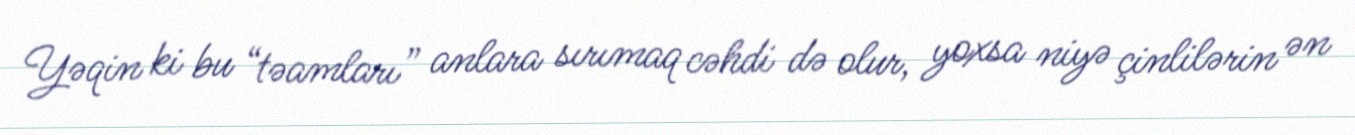
Yəqin ki bu “təamları” anlara sırımaq cəhdi də olur, yoxsa niyə çinlilərin ən